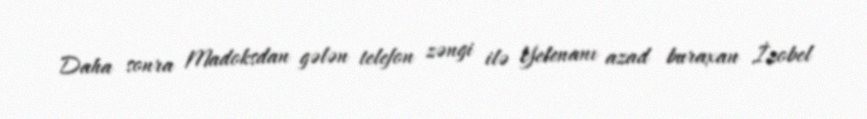
Daha sonra Madoksdan gələn telefon zəngi ilə Yelenanı azad buraxan İzobel